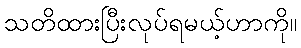
သတိထားပြီးလုပ်ရမယ့်ဟာကို။